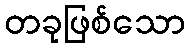
တခုဖြစ်သော